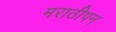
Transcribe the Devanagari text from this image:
मराठीपन